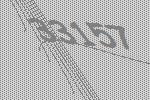
33157